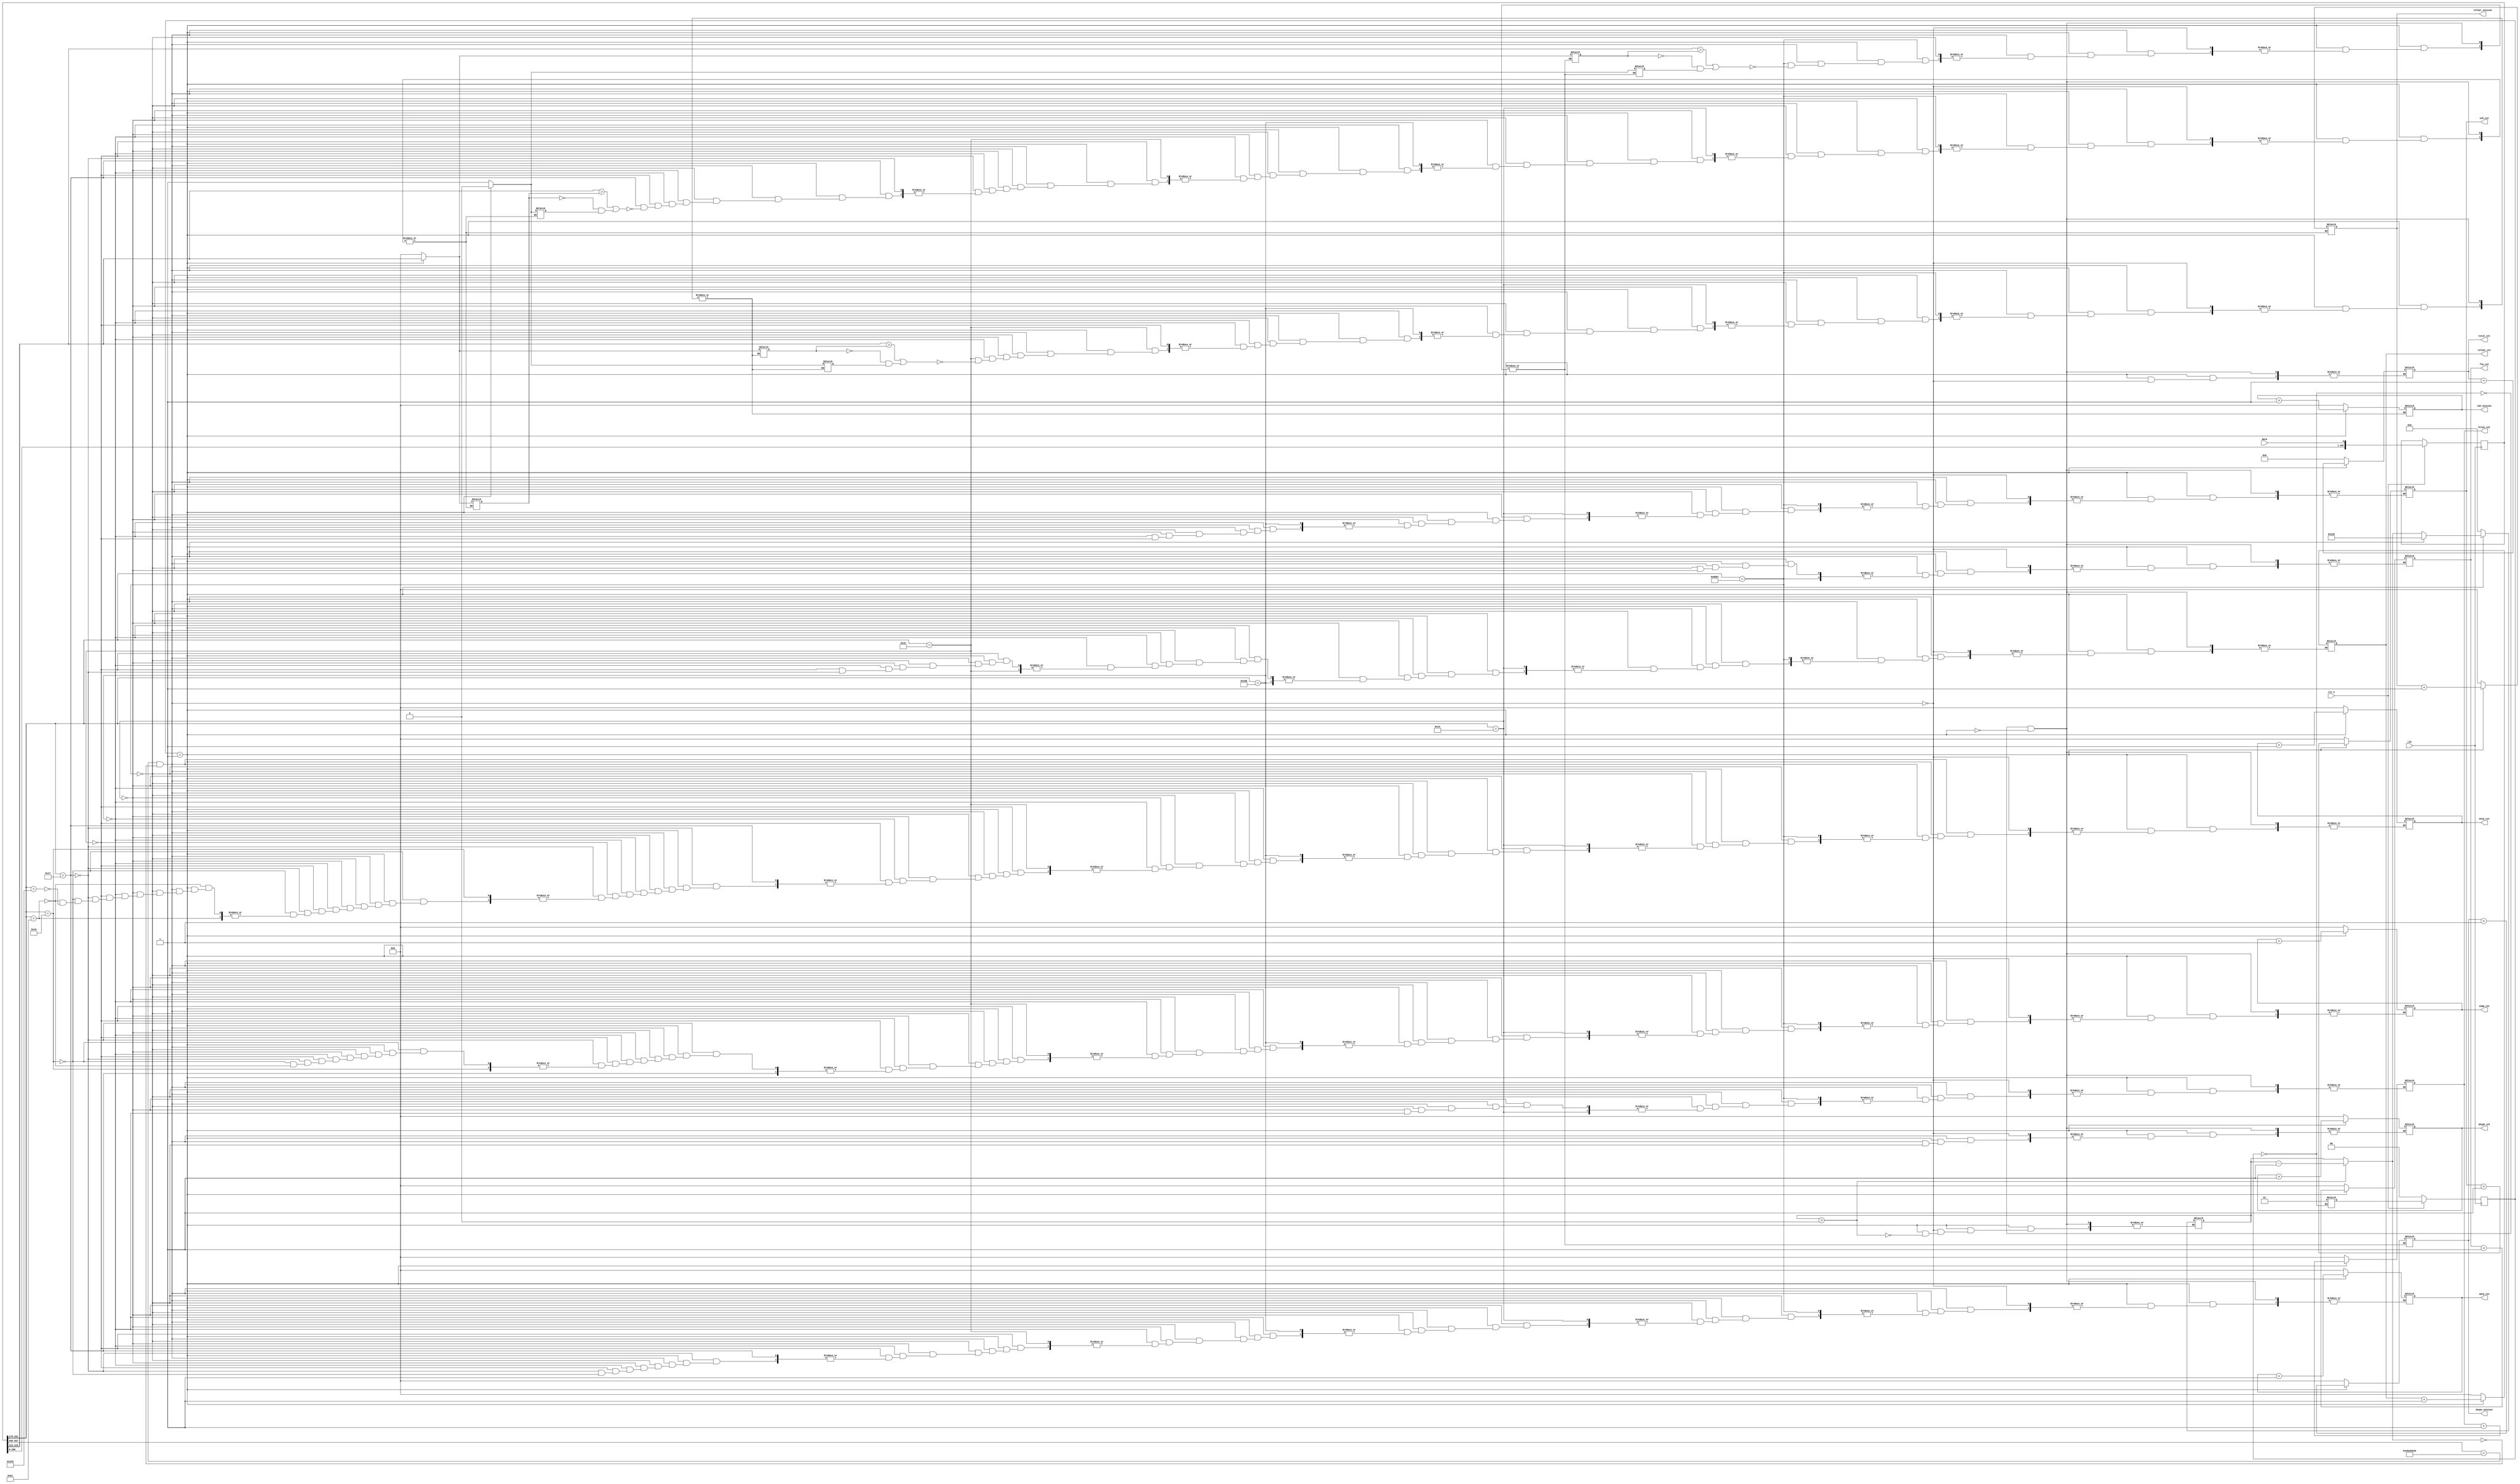
/*
Deep Packet Inspector
All packets will be preceeded by the bit stream:
h'A5A5A5A5
Count sessions for relevant protocols
*/

module inspector(
input rst_n, clk, data,
output reg[31:0] total_cnt,
output reg[7:0] skype_cnt,
output reg[7:0] ftp_cnt,
output reg[7:0] https_cnt,
output reg[7:0] telnet_cnt,
output reg[7:0] ssh_cnt,
output reg[7:0] snmp_cnt,
output reg[7:0] smtp_cnt,
output reg[7:0] nntp_cnt,
output reg[7:0] telnet_session,
output reg[7:0] skype_session,
output reg[7:0] ssh_session
);

reg[287:0] Dout;

reg[1:0] cState;
reg[1:0] nState;

reg[7:0] lastTelSess;
reg[7:0] lastSkypeSess;
reg[7:0] lastSshSess;

reg isFirstSsh;
reg isFirstTel;
reg isFirstSkype;

reg[8:0] countDown;

//unreasonably large shift register
always @(posedge clk) begin
    if (rst_n) 
        begin
        Dout <= { Dout[286:0], data };
    end
end


always @(posedge clk)
begin
    if (!rst_n) 
      begin
        cState <= 2'b00;
      end
    else 
      begin
        cState <= nState;
      end
end

always @(*)
begin
case(cState)

2'b00:
begin

countDown = 0;

total_cnt = 0;
ftp_cnt = 0;
skype_cnt = 0;
ssh_cnt = 0;
smtp_cnt = 0;
skype_cnt = 0;
https_cnt = 0;
telnet_cnt = 0;
snmp_cnt = 0;
nntp_cnt = 0;

ssh_session = 0;
skype_session = 0;
telnet_session = 0;

lastTelSess = 0;
lastSkypeSess = 0;
lastSshSess = 0;

isFirstSsh = 1;
isFirstTel = 1;
isFirstSkype = 1;

nState <= 2'b01;
end

2'b01:
begin
  if (countDown > 0) countDown = countDown - 1;
  if ((Dout[287:256] == 32'hA5A5A5A5) && (countDown == 0)) begin

    countDown = 288;
    total_cnt = total_cnt + 1;
    if (Dout[191:176] == 23399)
    begin
      skype_cnt = skype_cnt + 1;
        if ((Dout[119:112] > lastSkypeSess) || ((lastSkypeSess == 0) && (isFirstSkype == 1)))
        begin
        lastSkypeSess = Dout[119:112];
        skype_session = skype_session + 1;
        isFirstSkype = 0;
        end
    end
    else if (Dout[191:176] == 20)
    begin
      ftp_cnt = ftp_cnt + 4'b0001;
    end
    else if (Dout[191:176] == 443)
    begin
      https_cnt = https_cnt + 4'b0001;
    end
    else if (Dout[191:176] == 22)
    begin
      ssh_cnt = ssh_cnt + 4'b0001;
        if ((Dout[119:112] > lastSshSess) || ((lastSshSess == 0) && (isFirstSsh == 1)))
        begin
        lastSshSess = Dout[119:112];
        ssh_session = ssh_session + 1;
        isFirstSsh = 0;
        end
    end
    else if (Dout[191:176] == 23)
    begin
      telnet_cnt = telnet_cnt + 4'b0001;
        if ((Dout[119:112] > lastTelSess) || ((lastTelSess == 0) && (isFirstTel == 1)))
        begin
        lastTelSess = Dout[119:112];
        telnet_session = telnet_session + 1;
        isFirstTel = 0;
        end
    end
    else if (Dout[191:176] == 25)
    begin
      smtp_cnt = smtp_cnt + 4'b0001;
    end
    else if (Dout[191:176] == 161)
    begin
      snmp_cnt = snmp_cnt + 4'b0001;
    end
    else if (Dout[191:176] == 563)
    begin
      nntp_cnt = nntp_cnt + 4'b0001;
    end

    else 
    begin
    $display("failed check");
    end
  end
end
endcase

end

endmodule